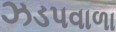
ઝડપવાળા